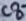
Text: C8